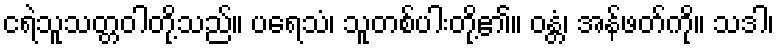
ငရဲသူသတ္တဝါတို့သည်။ ပရေသံ၊ သူတစ်ပါးတို့၏။ ဝန္တံ၊ အန်ဖတ်ကို။ သဒါ၊